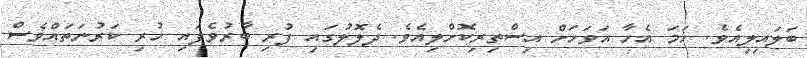
ބަލައިލިއެވެ. ހަމަ އެހާ އަވަހަށް އިސްތިރިކޮށްލިއެވެ. ދެލޮލުގައި ފުރި ބާރުވެފައި ހުރި ކަރުނަތައްވެސް